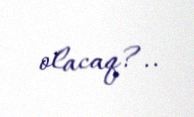
olacaq?..